Annual administration and progress report of the Indian Medical Department, Bombay
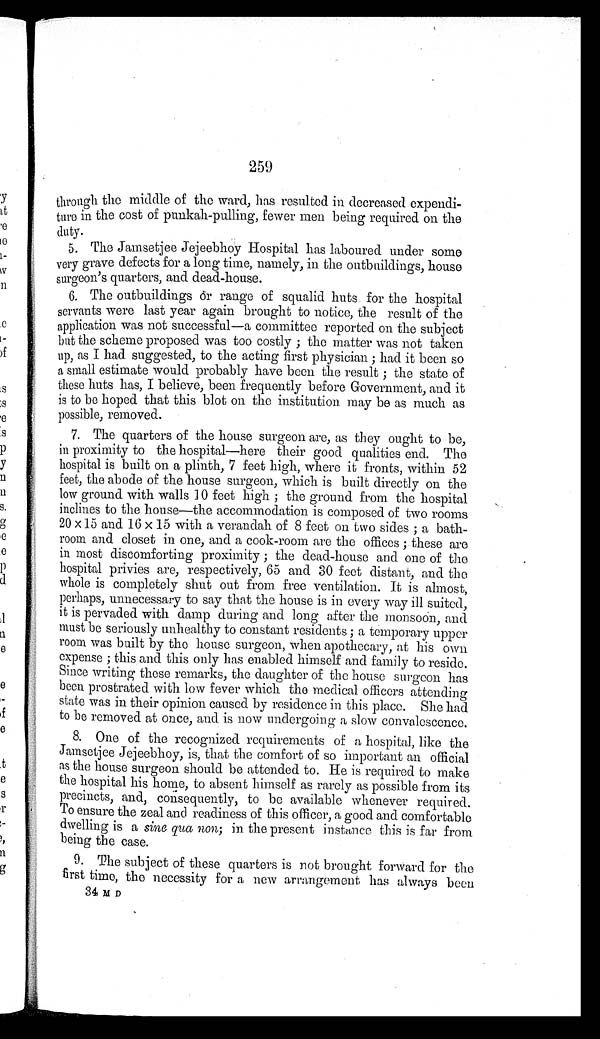
259
through the middle of the ward, has resulted in decreased expendi
-ture in the cost of punkah-pulling, fewer men being required on the
duty.
5. The Jamsetjee Jejeebhoy Hospital has laboured under some
very grave defects for a long time, namely, in the outbuildings, house
surgeon's quarters, and dead-house.
6. The outbuildings or range of squalid huts for the hospital
servants were last year again brought to notice, the result of the
application was not successful—a committee reported on the subject
but the scheme proposed was too costly; the matter was not taken
up, as I had suggested, to the acting first physician; had it been so
a small estimate would probably have been the result; the state of
these huts has, I believe, been frequently before Government, and it
is to be hoped that this blot on the institution may be as much as
possible, removed.
7. The quarters of the house surgeon are, as they ought to be,
in proximity to the hospital—here their good qualities end. The
hospital is built on a plinth, 7 feet high, where it fronts, within 52
feet, the abode of the house surgeon, which is built directly on the
low ground with walls 10 feet high; the ground from the hospital
inclines to the house—the accommodation is composed of two rooms
20 × 15 and 16 × 15 with a verandah of 8 feet on two sides; a bath
- r o o m a n d c l o s e t i n o n e , a n d a c o o k - r o o m a r e t h e o f f i c e s ; t h e s e a r e
in most discomforting proximity; the dead-house and one of the
hospital privies are, respectively, 65 and 30 feet distant, and the
whole is completely shut out from free ventilation. It is almost,
perhaps, unnecessary to say that the house is in every way ill suited,
it is pervaded with damp during and long after the monsoon, and
must be seriously unhealthy to constant residents; a temporary upper
room was built by the house surgeon, when apothecary, at his own
expense; this and this only has enabled himself and family to reside.
Since writing these remarks, the daughter of the house surgeon has
been prostrated with low fever which the medical officers attending
state was in their opinion caused by residence in this place. She had
to be removed at once, and is now undergoing a slow convalescence.
8. One of the recognized requirements of a hospital, like the
Jamsetjee Jejeebhoy, is, that the comfort of so important an official
as the house surgeon should be attended to. He is required to make
the hospital his home, to absent himself as rarely as possible from its
precincts, and, consequently, to be available whenever required.
To ensure the zeal and readiness of this officer, a good and comfortable
dwelling is a sine qua non; in the present instance this is far from
being the case.
9. The subject of these quarters is not brought forward for the
first time, the necessity for a new arrangement has always been
34 M D